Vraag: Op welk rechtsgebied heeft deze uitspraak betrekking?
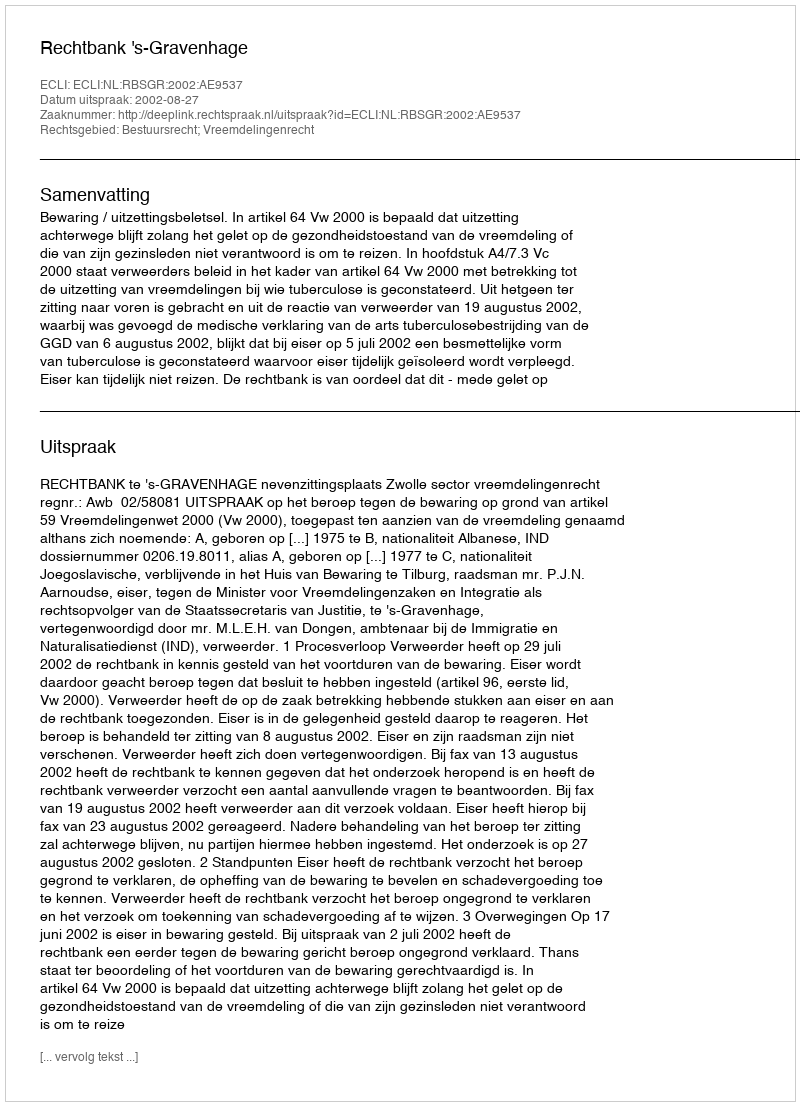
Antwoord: Bestuursrecht; Vreemdelingenrecht